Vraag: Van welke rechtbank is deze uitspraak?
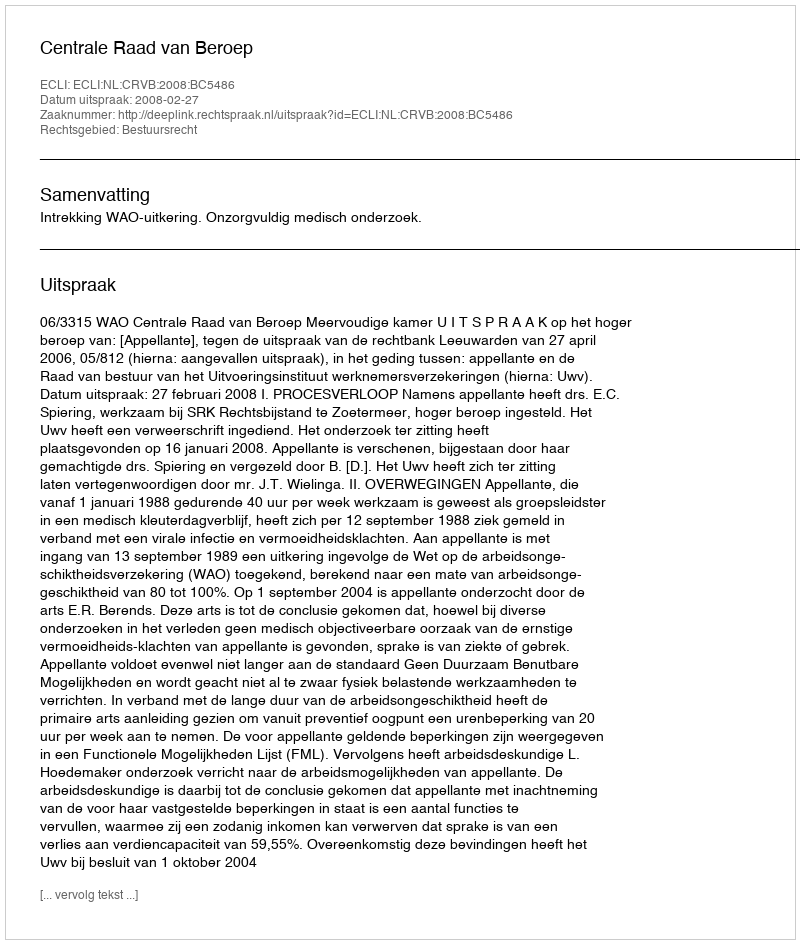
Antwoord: Centrale Raad van Beroep